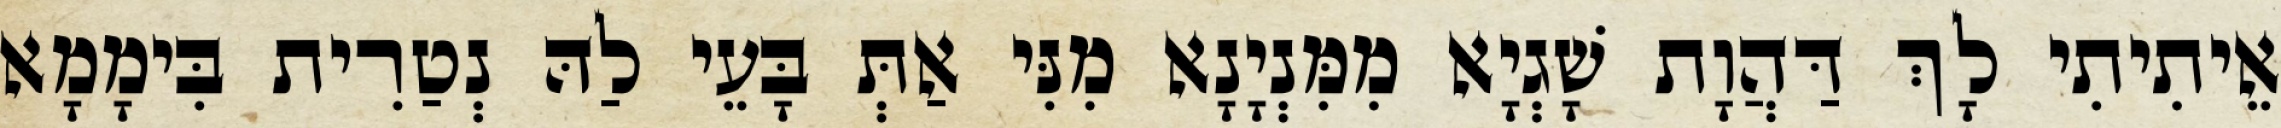
אֵיתִיתִי לָךְ דַּהֲוָת שָׁגְיָא מִמִּנְיָנָא מִנִּי אַתְּ בָּעֵי לַהּ נְטַרִית בִּימָמָא